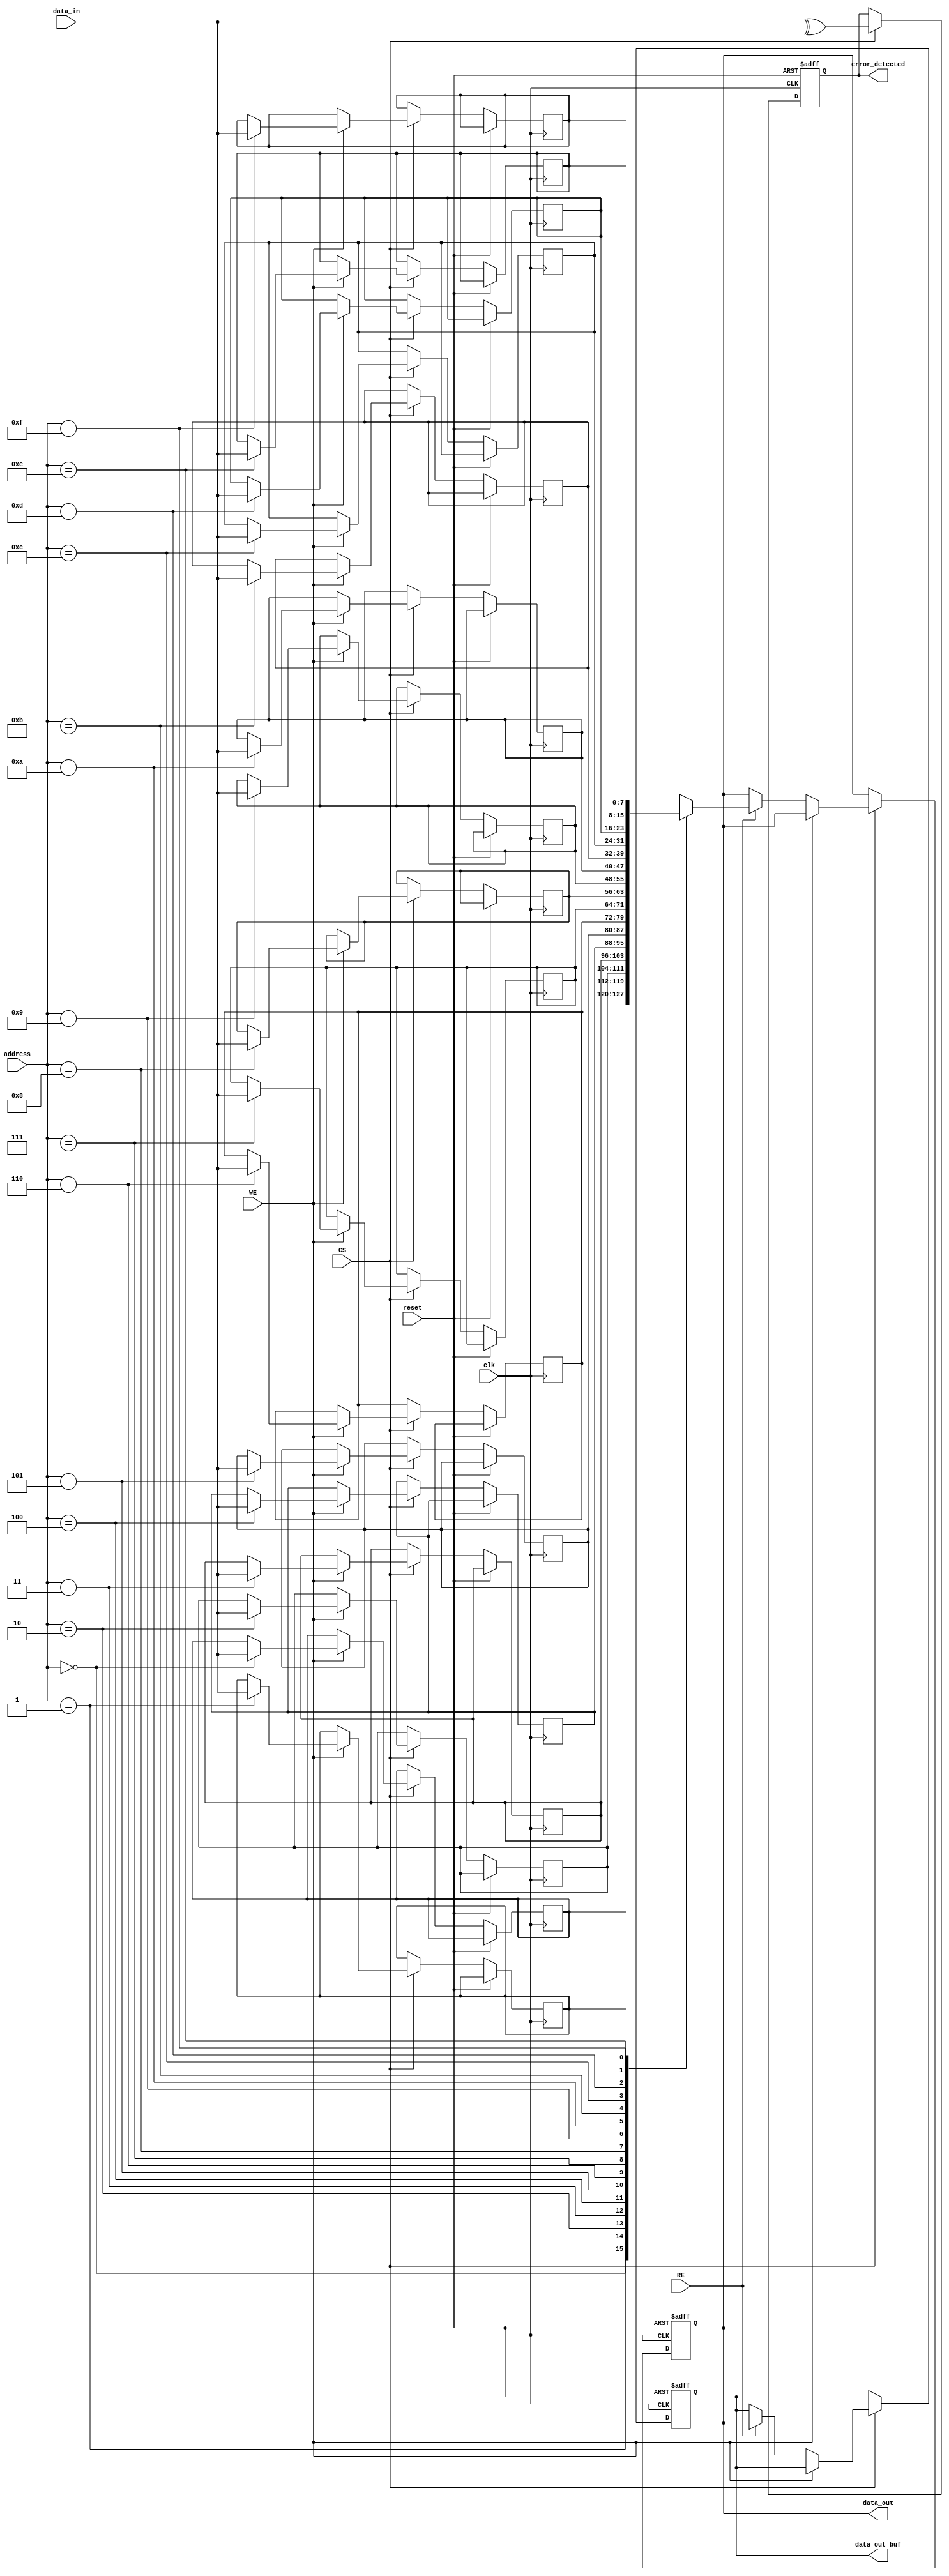
module mram_io_block (
    input wire clk,               // Clock signal
    input wire reset,             // Reset signal
    input wire [DATA_WIDTH-1:0] data_in,  // Data input
    output reg [DATA_WIDTH-1:0] data_out,  // Data output
    input wire RE,                // Read Enable
    input wire WE,                // Write Enable
    input wire CS,                // Chip Select
    input wire [ADDR_WIDTH-1:0] address, // Address input
    output reg error_detected,    // Error detection flag
    output reg [DATA_WIDTH-1:0] data_out_buf // Buffered output data
);

parameter DATA_WIDTH = 8;       // Define data width (8 bits)
parameter ADDR_WIDTH = 4;       // Define address width (4 bits)

// Internal storage for MRAM
reg [DATA_WIDTH-1:0] memory_array [0:(1 << ADDR_WIDTH)-1]; // Memory array

// Latch for data input
reg [DATA_WIDTH-1:0] data_latch;

// Error detection logic (simple parity check for demonstration)
always @(posedge clk or posedge reset) begin
    if (reset) begin
        error_detected <= 1'b0;
    end else if (CS) begin
        // Simple error detection mechanism
        error_detected <= ^data_in; // Parity bit
    end
end

// Control logic for read and write operations
always @(posedge clk or posedge reset) begin
    if (reset) begin
        data_out <= {DATA_WIDTH{1'b0}};
        data_latch <= {DATA_WIDTH{1'b0}};
        data_out_buf <= {DATA_WIDTH{1'b0}};
    end else if (CS) begin
        if (WE) begin
            // Write operation
            memory_array[address] <= data_in; // Store data in memory
            data_latch <= data_in; // Latch the input data
        end else if (RE) begin
            // Read operation
            data_out <= memory_array[address]; // Read data from memory
            data_out_buf <= data_out; // Buffer the output data
        end
    end
end

endmodule